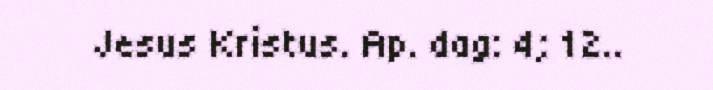
Jesus Kristus. Ap. dag: 4; 12..